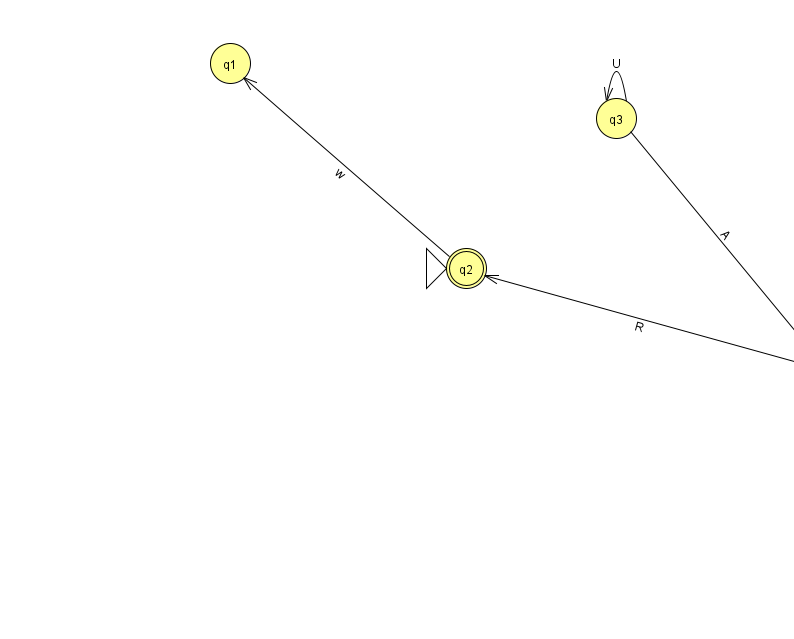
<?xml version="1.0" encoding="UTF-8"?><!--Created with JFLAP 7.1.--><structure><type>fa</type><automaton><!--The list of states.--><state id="0" name="q0"><x>820.0</x><y>352.0</y></state><state id="1" name="q1"><x>230.0</x><y>50.0</y></state><state id="2" name="q2"><x>466.0</x><y>255.0</y><initial/><final/></state><state id="3" name="q3"><x>616.0</x><y>105.0</y></state><!--The list of transitions.--><transition><from>3</from><to>3</to><read>U</read></transition><transition><from>3</from><to>0</to><read>A</read></transition><transition><from>0</from><to>2</to><read>R</read></transition><transition><from>2</from><to>1</to><read>w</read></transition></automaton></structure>